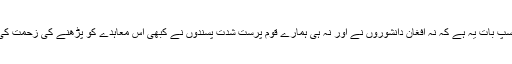
دل چسپ بات یہ ہے کہ نہ افغان دانشوروں نے اور نہ ہی ہمارے قوم پرست شدت پسندوں نے کبھی اس معاہدے کو پڑھنے کی زحمت کی ہے۔